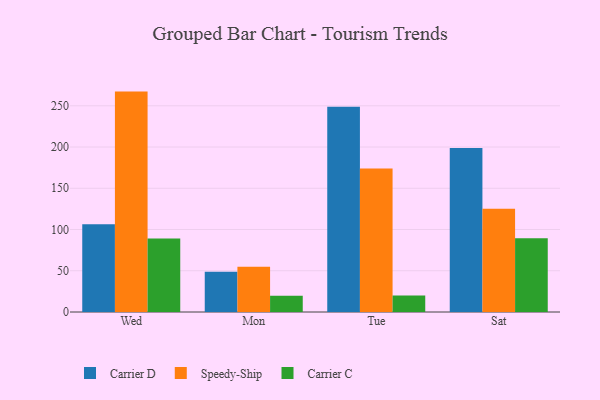
{"axis": {"x": "Day", "y": "Bounce Rate (%)"}, "legend": ["Carrier C", "Carrier D", "Speedy-Ship"], "data": [{"x": "Wed", "y": 106.3, "type": "Carrier D"}, {"x": "Wed", "y": 267.2, "type": "Speedy-Ship"}, {"x": "Wed", "y": 89.2, "type": "Carrier C"}, {"x": "Mon", "y": 48.8, "type": "Carrier D"}, {"x": "Mon", "y": 55.0, "type": "Speedy-Ship"}, {"x": "Mon", "y": 19.6, "type": "Carrier C"}, {"x": "Tue", "y": 248.7, "type": "Carrier D"}, {"x": "Tue", "y": 174.1, "type": "Speedy-Ship"}, {"x": "Tue", "y": 19.9, "type": "Carrier C"}, {"x": "Sat", "y": 198.7, "type": "Carrier D"}, {"x": "Sat", "y": 125.2, "type": "Speedy-Ship"}, {"x": "Sat", "y": 89.4, "type": "Carrier C"}]}